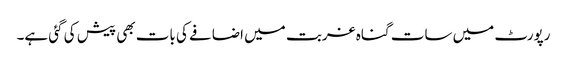
رپورٹ میں سات گناہ غربت میں اضافے کی بات بھی پیش کی گئی ہے۔